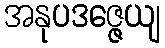
အနုပဒဇ္ဇေယျ